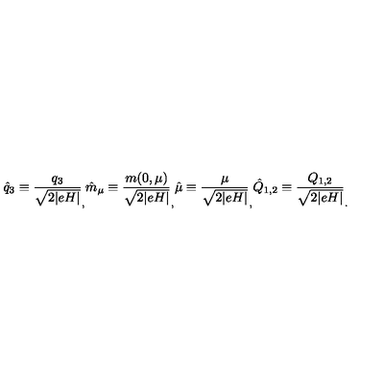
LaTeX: \hat { q } _ { 3 } \equiv \frac { q _ { 3 } } { \sqrt { 2 \vert e H \vert } } _ { , } \hat { m } _ { \mu } \equiv \frac { m ( 0 , \mu ) } { \sqrt { 2 \vert e H \vert } } _ { , } \hat { \mu } \equiv \frac { \mu } { \sqrt { 2 \vert e H \vert } } _ { , } \hat { Q } _ { 1 , 2 } \equiv \frac { Q _ { 1 , 2 } } { \sqrt { 2 \vert e H \vert } } _ { . }